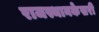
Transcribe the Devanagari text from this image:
राजस्थानकेसरी